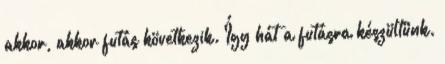
akkor, akkor futás következik. Így hát a futásra készültünk.